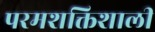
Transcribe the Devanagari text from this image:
परमशक्तिशाली